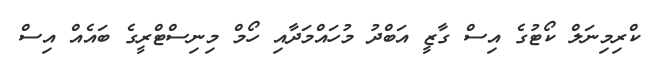
ކްރިމިނަލް ކޯޓުގެ އިސް ގާޒީ އަބްދު މުހައްމަދާއި ހޯމް މިނިސްޓްރީގެ ބައެއް އިސް